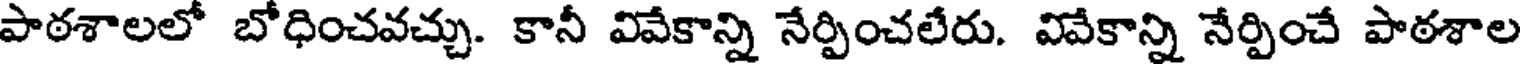
పాఠశాలలో బోధించవచ్చు. కానీ వివేకాన్ని నేర్పించలేరు. వివేకాన్ని నేర్పించే పాఠశాల